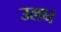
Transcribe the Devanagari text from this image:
उलघ